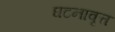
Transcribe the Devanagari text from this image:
घटनावृत्त